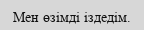
Мен өзімді іздедім.